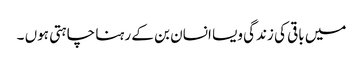
میں باقی کی زندگی ویسا انسان بن کے رہنا چاہتی ہوں ۔